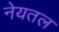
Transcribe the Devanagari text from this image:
नेयतल